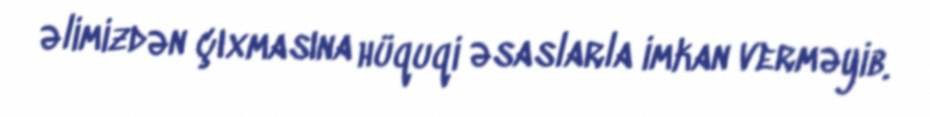
əlimizdən çıxmasına hüquqi əsaslarla imkan verməyib.